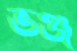
ভঞ্জ